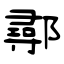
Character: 鄩